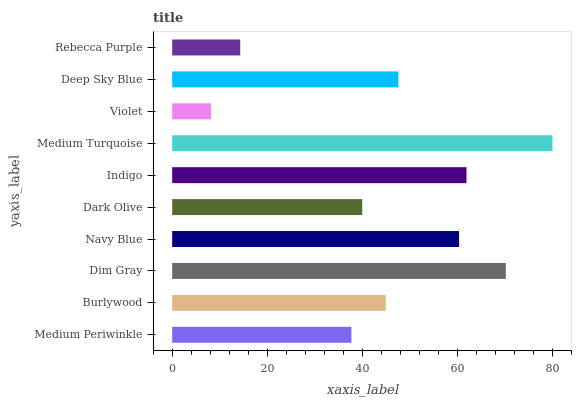
| yaxis_label | bars |
 | --- | --- |
 | Medium Periwinkle | 37.7 |
 | Burlywood | 44.9 |
 | Dim Gray | 70.2 |
 | Navy Blue | 60.4 |
 | Dark Olive | 40 |
 | Indigo | 61.9 |
 | Medium Turquoise | 80 |
 | Violet | 8.15 |
 | Deep Sky Blue | 47.6 |
 | Rebecca Purple | 14.3 |